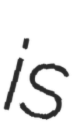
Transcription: is